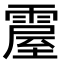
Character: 𩄌